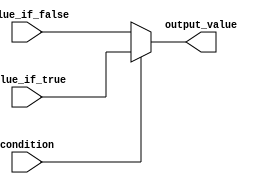
module conditional_assignment (
    input condition,
    input [3:0] value_if_true,
    input [3:0] value_if_false,
    output reg [3:0] output_value
);

always @* begin
    if (condition) begin
        output_value = value_if_true;
    end else begin
        output_value = value_if_false;
    end
end

endmodule